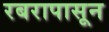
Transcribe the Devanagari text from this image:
रबरापासून